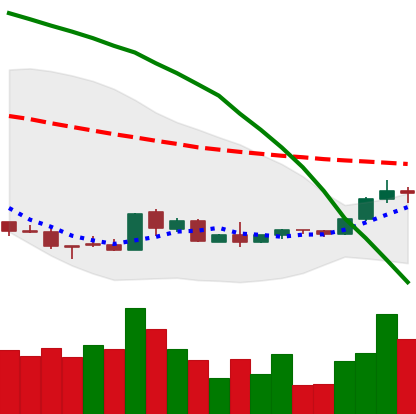
Ticker: EOS-USD
Chart end date: 2018-08-30
Forward return: 6.528%
Label: up_5_7